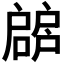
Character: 𢩝